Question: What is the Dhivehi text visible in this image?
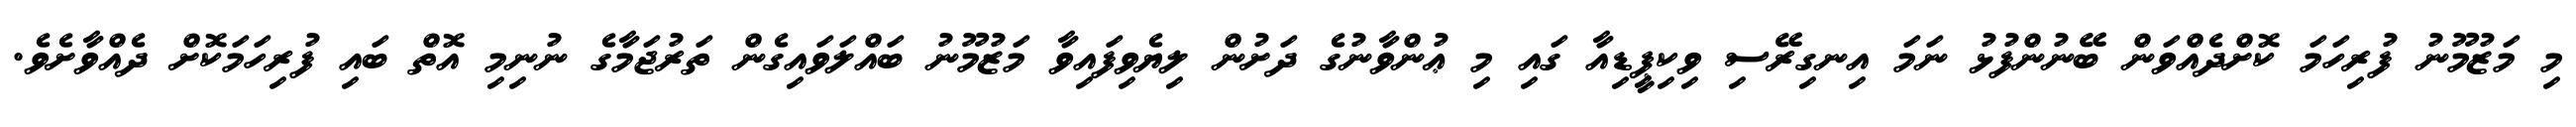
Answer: މި މަޒުމޫނު ފުރިހަމަ ކޮށްދެއްވަން ބޭނުންފުޅު ނަމަ އިނގިރޭސި ވިކިޕީޑިއާ ގައި މި ޢުންވާނުގެ ދަށުން ލިޔެވިފައިވާ މަޒުމޫނު ބައްލަވައިގެން ތަރުޖަމާގެ ނުނިމި އޮތް ބައި ފުރިހަމަކޮށް ދެއްވާށެވެ.